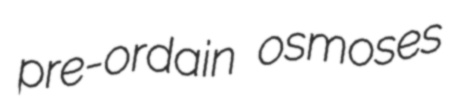
pre-ordain osmoses